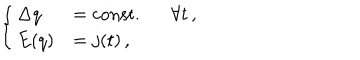
\left\{ \begin{array} { l l } { { \Delta q } } & { { = \mathrm { c o n s t . } \forall t \, , } } \\ { { E ( q ) } } & { { = j ( t ) \, , } } \\ \end{array} \right.